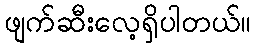
ဖျက်ဆီးလေ့ရှိပါတယ်။